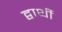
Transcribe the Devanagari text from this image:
द्वार्थी